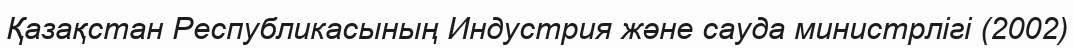
Қазақстан Республикасының Индустрия және сауда министрлігі (2002)